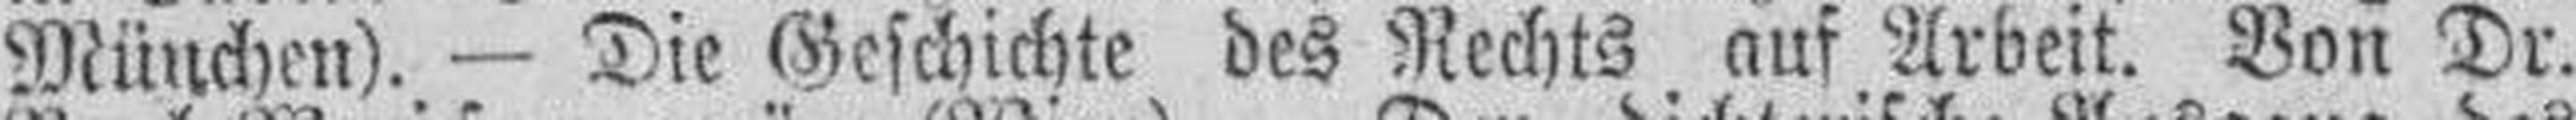
München). — Die Geschichte des Rechts auf Arbeit. Von Dr.